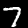
Label: 7